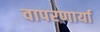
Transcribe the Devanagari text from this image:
वापरणार्या